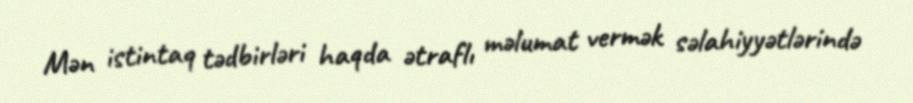
Mən istintaq tədbirləri haqda ətraflı məlumat vermək səlahiyyətlərində